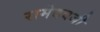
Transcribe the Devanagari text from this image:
रामेदवजी